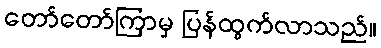
တော်တော်ကြာမှ ပြန်ထွက်လာသည်။